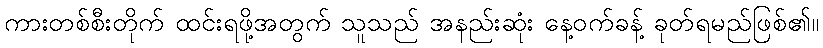
ကားတစ်စီးတိုက် ထင်းရဖို့အတွက် သူသည် အနည်းဆုံး နေ့ဝက်ခန့် ခုတ်ရမည်ဖြစ်၏။